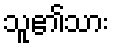
သူ၏သား